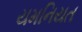
યમનિયત